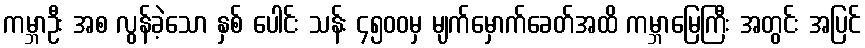
ကမ္ဘာဦး အစ လွန်ခဲ့သော နှစ် ပေါင်း သန်း ၄၅၀၀မှ မျက်မှောက်ခေတ်အထိ ကမ္ဘာမြေကြီး အတွင်း အပြင်